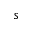
s